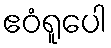
ဧဝံရူပေါ